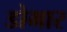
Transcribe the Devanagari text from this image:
डोभार